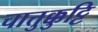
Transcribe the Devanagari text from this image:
चात्तुक्कुट्टि